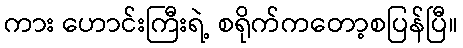
ကား ဟောင်းကြီးရဲ့ စရိုက်ကတော့စပြန်ပြီ။